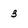
Character: 3